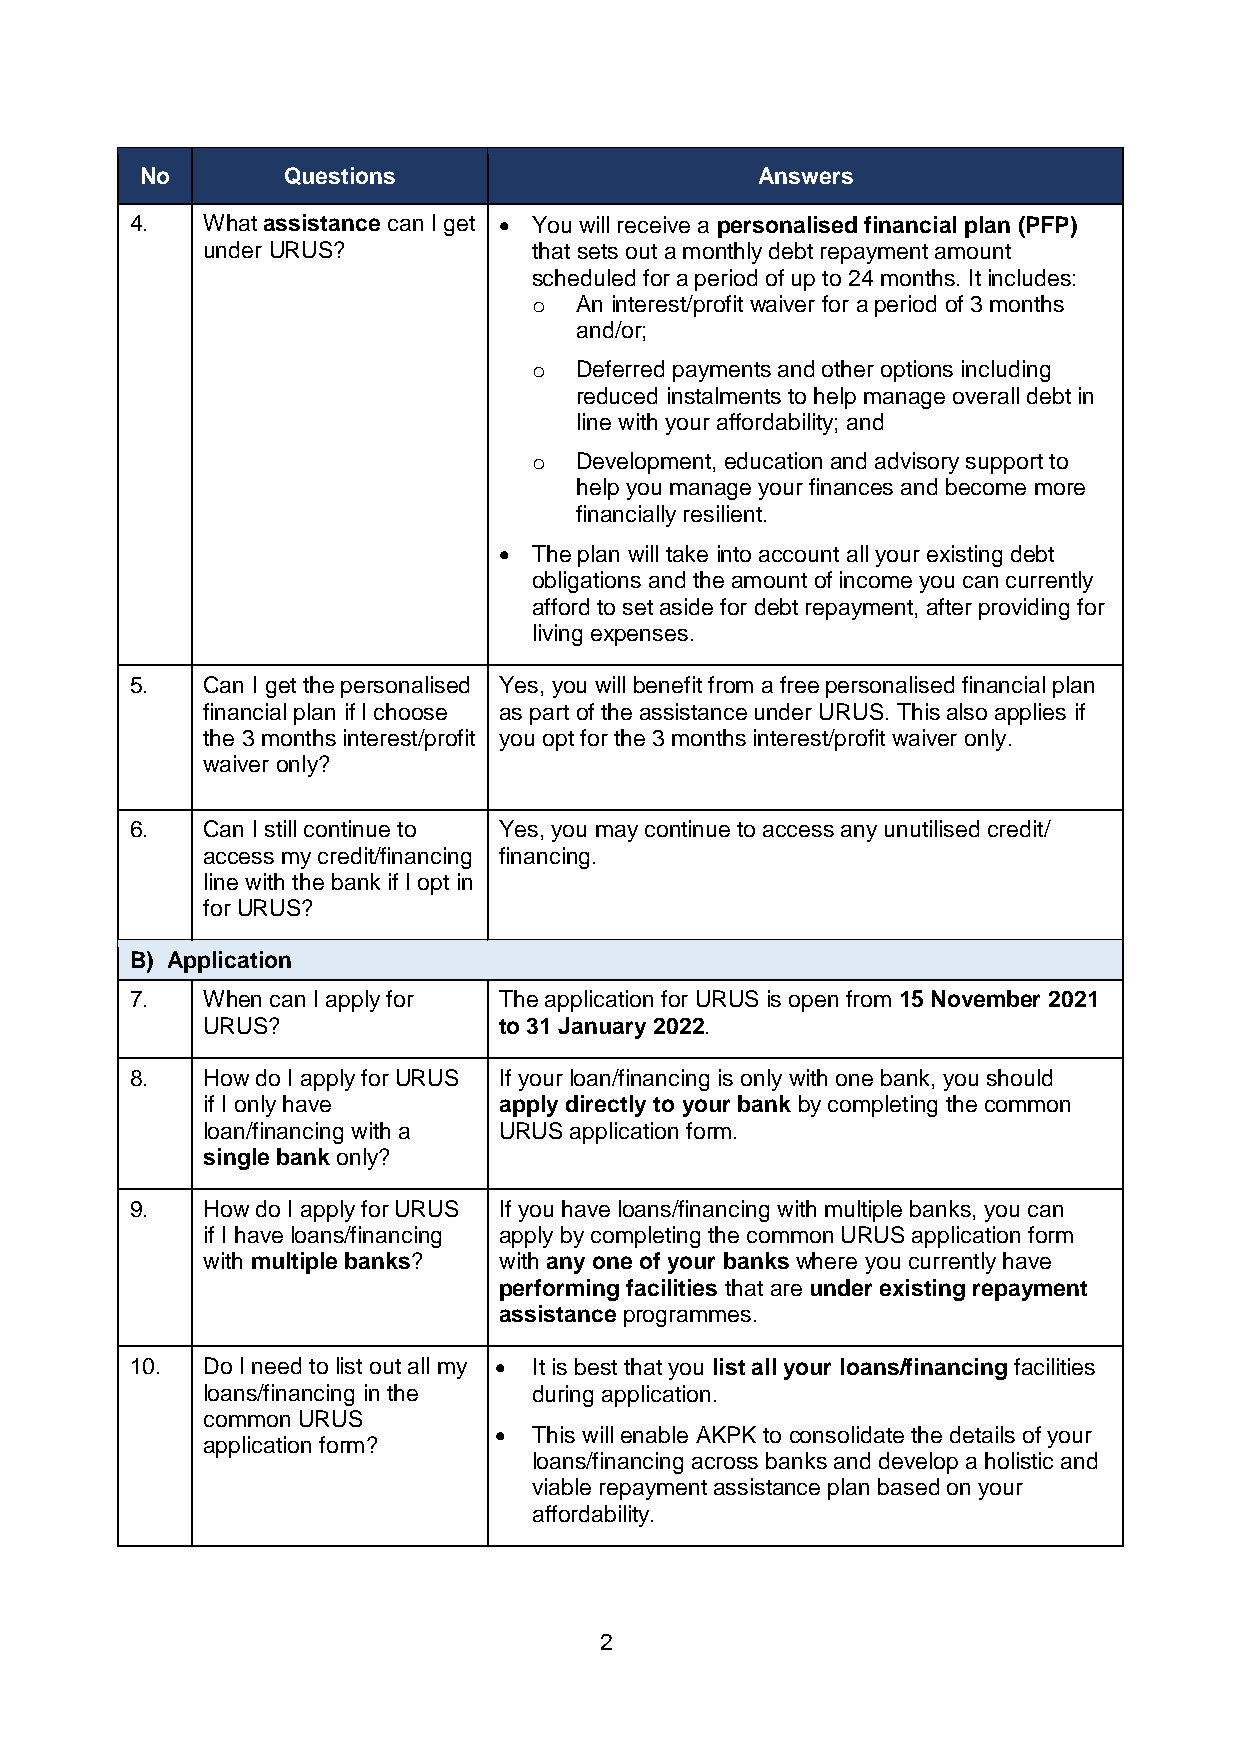
No        Questions                      Answers
 4.  What assistance can I get  You will receive a personalised financial plan (PFP)
 under URUS?           that sets out a monthly debt repayment amount
 scheduled for a period of up to 24 months. It includes:
 o  An interest/profit waiver for a period of 3 months
 and/or;
 o  Deferred payments and other options including
 reduced instalments to help manage overall debt in
 line with your affordability; and
 o  Development, education and advisory support to
 help you manage your finances and become more
 financially resilient.
  The plan will take into account all your existing debt
 obligations and the amount of income you can currently
 afford to set aside for debt repayment, after providing for
 living expenses.
 5.  Can I get the personalised Yes, you will benefit from a free personalised financial plan
 financial plan if I choose as part of the assistance under URUS. This also applies if
 the 3 months interest/profit you opt for the 3 months interest/profit waiver only.
 waiver only?
 6.  Can I still continue to Yes, you may continue to access any unutilised credit/
 access my credit/financing financing.
 line with the bank if I opt in
 for URUS?
 B) Application
 7.  When can I apply for The application for URUS is open from 15 November 2021
 URUS?               to 31 January 2022.
 8.  How do I apply for URUS If your loan/financing is only with one bank, you should
 if I only have      apply directly to your bank by completing the common
 loan/financing with a URUS application form.
 single bank only?
 9.  How do I apply for URUS If you have loans/financing with multiple banks, you can
 if I have loans/financing apply by completing the common URUS application form
 with multiple banks? with any one of your banks where you currently have
 performing facilities that are under existing repayment
 assistance programmes.
 10. Do I need to list out all my  It is best that you list all your loans/financing facilities
 loans/financing in the during application.
 common URUS
  This will enable AKPK to consolidate the details of your
 application form?
 loans/financing across banks and develop a holistic and
 viable repayment assistance plan based on your
 affordability.
 2